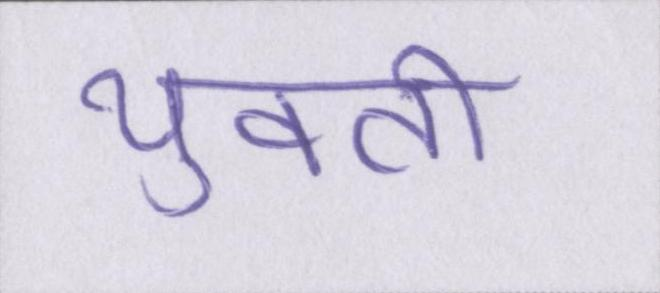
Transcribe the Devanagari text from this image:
युवती